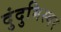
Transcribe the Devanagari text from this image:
दुंदुभिस्वर